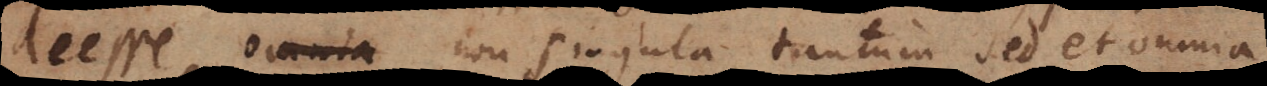
deesse, omnia non singula tantum sed et omnia